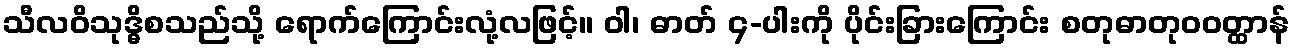
သီလဝိသုဒ္ဓိစသည်သို့ ရောက်ကြောင်းလုံ့လဖြင့်။ ဝါ၊ ဓာတ် ၄-ပါးကို ပိုင်းခြားကြောင်း စတုဓာတုဝဝတ္ထာန်